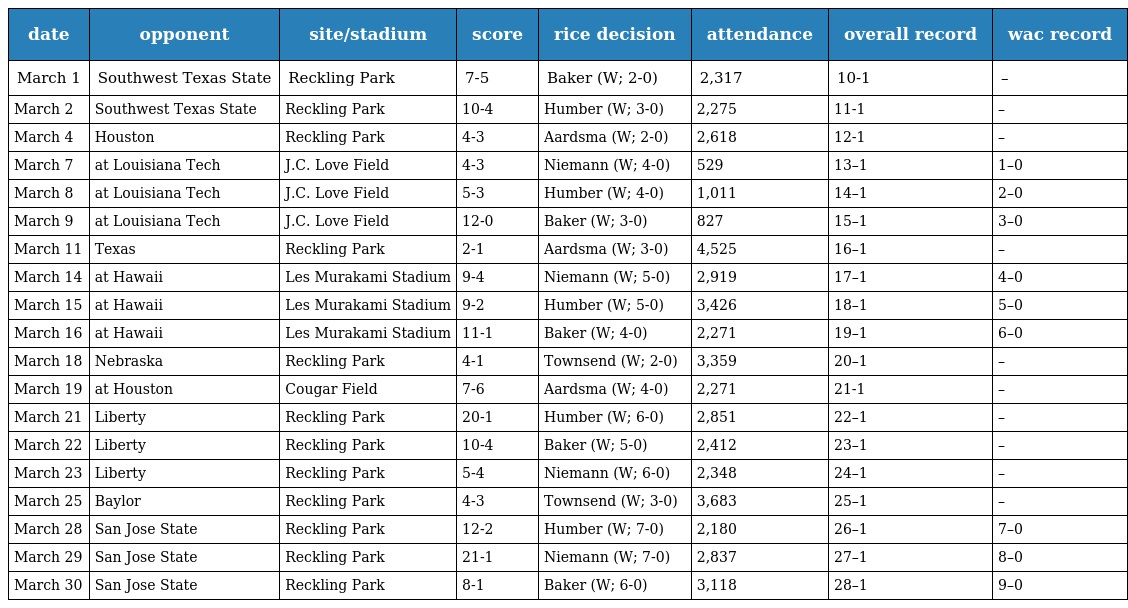
| date | opponent | site/stadium | score | rice decision | attendance | overall record | wac record |
 | --- | --- | --- | --- | --- | --- | --- | --- |
 | March 1 | Southwest Texas State | Reckling Park | 7-5 | Baker (W; 2-0) | 2,317 | 10-1 | – |
 | March 2 | Southwest Texas State | Reckling Park | 10-4 | Humber (W; 3-0) | 2,275 | 11-1 | – |
 | March 4 | Houston | Reckling Park | 4-3 | Aardsma (W; 2-0) | 2,618 | 12-1 | – |
 | March 7 | at Louisiana Tech | J.C. Love Field | 4-3 | Niemann (W; 4-0) | 529 | 13–1 | 1–0 |
 | March 8 | at Louisiana Tech | J.C. Love Field | 5-3 | Humber (W; 4-0) | 1,011 | 14–1 | 2–0 |
 | March 9 | at Louisiana Tech | J.C. Love Field | 12-0 | Baker (W; 3-0) | 827 | 15–1 | 3–0 |
 | March 11 | Texas | Reckling Park | 2-1 | Aardsma (W; 3-0) | 4,525 | 16–1 | – |
 | March 14 | at Hawaii | Les Murakami Stadium | 9-4 | Niemann (W; 5-0) | 2,919 | 17–1 | 4–0 |
 | March 15 | at Hawaii | Les Murakami Stadium | 9-2 | Humber (W; 5-0) | 3,426 | 18–1 | 5–0 |
 | March 16 | at Hawaii | Les Murakami Stadium | 11-1 | Baker (W; 4-0) | 2,271 | 19–1 | 6–0 |
 | March 18 | Nebraska | Reckling Park | 4-1 | Townsend (W; 2-0) | 3,359 | 20–1 | – |
 | March 19 | at Houston | Cougar Field | 7-6 | Aardsma (W; 4-0) | 2,271 | 21-1 | – |
 | March 21 | Liberty | Reckling Park | 20-1 | Humber (W; 6-0) | 2,851 | 22–1 | – |
 | March 22 | Liberty | Reckling Park | 10-4 | Baker (W; 5-0) | 2,412 | 23–1 | – |
 | March 23 | Liberty | Reckling Park | 5-4 | Niemann (W; 6-0) | 2,348 | 24–1 | – |
 | March 25 | Baylor | Reckling Park | 4-3 | Townsend (W; 3-0) | 3,683 | 25–1 | – |
 | March 28 | San Jose State | Reckling Park | 12-2 | Humber (W; 7-0) | 2,180 | 26–1 | 7–0 |
 | March 29 | San Jose State | Reckling Park | 21-1 | Niemann (W; 7-0) | 2,837 | 27–1 | 8–0 |
 | March 30 | San Jose State | Reckling Park | 8-1 | Baker (W; 6-0) | 3,118 | 28–1 | 9–0 |